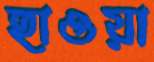
হাওয়া